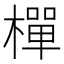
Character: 樿